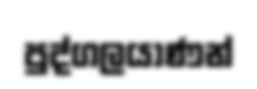
පුද්ගලයාණන්